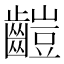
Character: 䶣